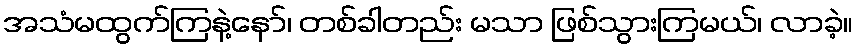
အသံမထွက်ကြနဲ့နော်၊ တစ်ခါတည်း မသာ ဖြစ်သွားကြမယ်၊ လာခဲ့။